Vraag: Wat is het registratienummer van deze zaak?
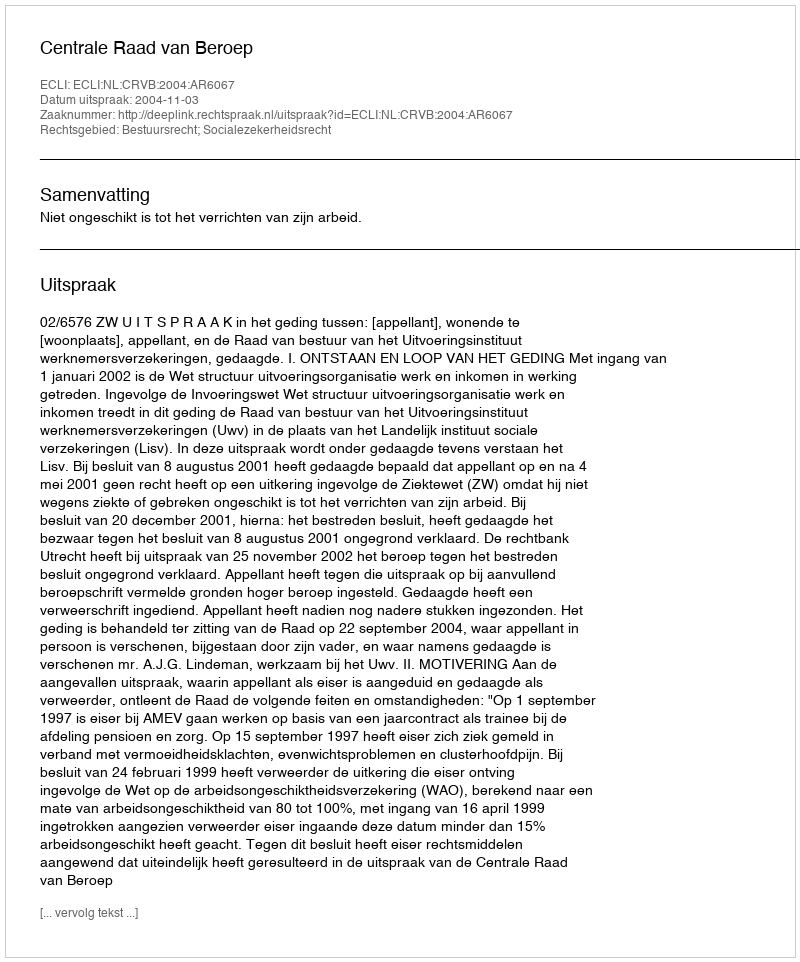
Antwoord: http://deeplink.rechtspraak.nl/uitspraak?id=ECLI:NL:CRVB:2004:AR6067